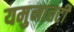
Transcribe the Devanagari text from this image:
यमुनातटी